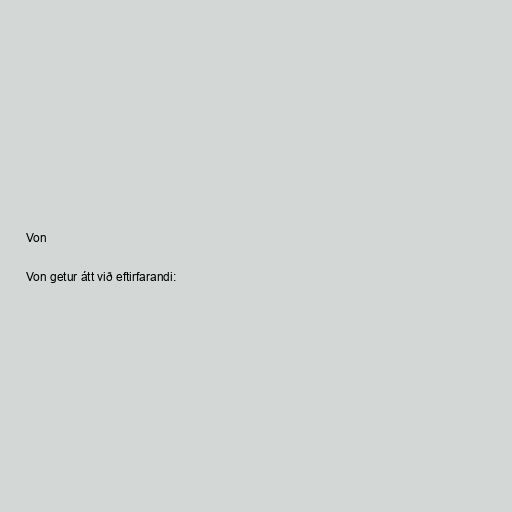
Von

Von getur átt við eftirfarandi: